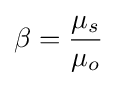
\beta ={\frac {\mu _{s}}{\mu _{o}}}